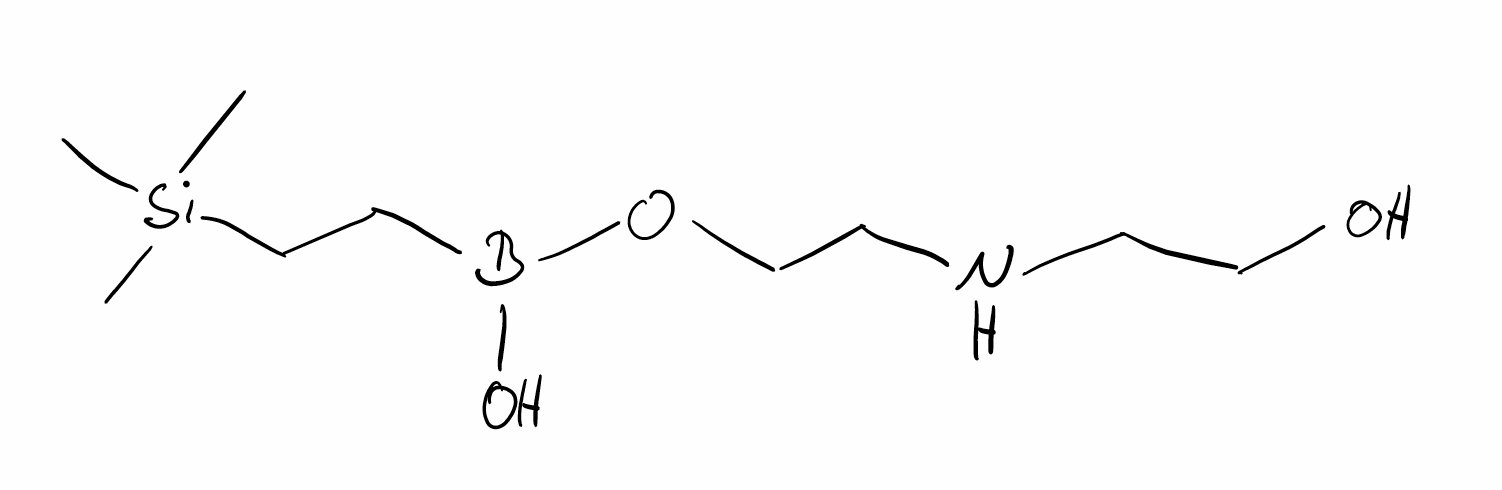
Simplified molecular-input line-entry system (SMILES) notation of the given molecule:
B(CC[Si](C)(C)C)(O)OCCNCCO